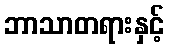
ဘာသာတရားနှင့်